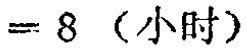
$= 8 \ (小时)$